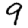
Digit: 9